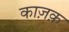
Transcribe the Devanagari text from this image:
काज़क़